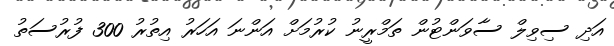
އަދި ސިވިލް ސާވަންޓުން ތަމްރީނު ކުރުމަށް އަންނަ އަހަރު އިތުރު 300 ފުރުސަތު